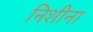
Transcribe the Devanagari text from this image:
निशीना